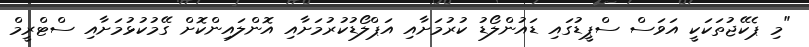
"މި ޕެކޭޖުތަކަކީ އަވަސް ސްޕީޑުގައި ޑައުންލޯޑު ކުރުމަށާއި އަޕްލޯޑުކުރުމަށާއި އޮންލައިންކޮށް ގޭމުކުޅުމަށާއި ސްޓްރީމް